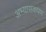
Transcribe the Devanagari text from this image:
अभ्यासकपण